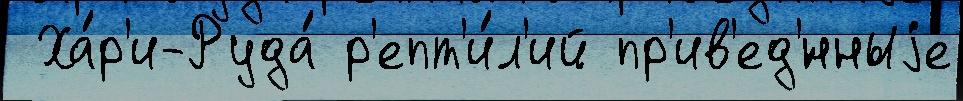
 Ха́р'и-Руда́ р'епт'и́л'ий пр'ив'ед'́нныjе